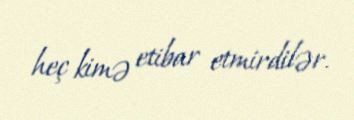
heç kimə etibar etmirdilər.